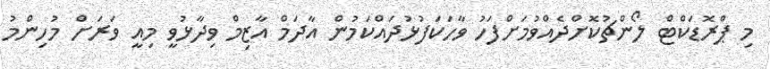
މި ޕްރޮޑަކްޓް ލޯންޗުކޮށްދެއްވުމަށްފަހު ވާހަކަފުޅުދައްކަަމުން އާދަމް އާޒިމް ވިދާޅުވީ މިއީ ވަރަށް މުހިންމު